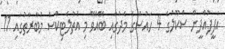
އަފީފުއްދީން ސްކޫލުގެ 4 ހައުސްގެ މެދުގައި ބޭއްވޭ މި އެތުލެޓިކްސް މުބާރާތުގައި 11